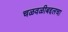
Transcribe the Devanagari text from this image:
चळवळीबद्दलचा